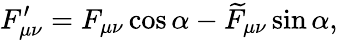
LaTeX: F_{\mu\nu}^{\prime}=F_{\mu\nu}\cos\alpha-\widetilde{F}_{\mu\nu}\sin\alpha,